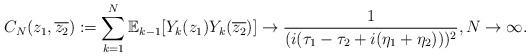
LaTeX: \begin{align*}C_{N}(z_{1},\overline{z_{2}}) := \sum_{k=1}^{N}\mathbb{E}_{k-1}[Y_{k}(z_{1})Y_{k}(\overline{z_{2}})] \to \frac{1}{(i(\tau_1-\tau_2+i(\eta_1+\eta_2)))^{2}}, N \to \infty .\end{align*}